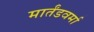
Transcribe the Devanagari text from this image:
मार्तंडवर्मा